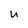
Character: U